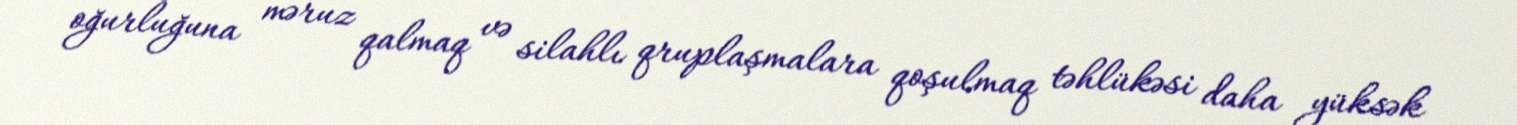
oğurluğuna məruz qalmaq və silahlı qruplaşmalara qoşulmaq təhlükəsi daha yüksək